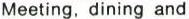
Meeting, dining and